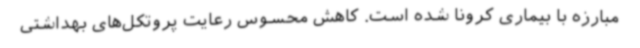
مبارزه با بیماری کرونا شده است. کاهش محسوس رعایت پروتکل‌های بهداشتی